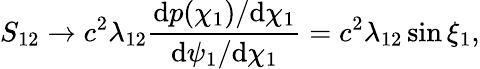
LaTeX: S_{12}\rightarrow c^{2}\lambda_{12}\frac{\mathrm dp(\chi_{1})/\mathrm d\chi_{1}}{\mathrm d\psi_{1}/\mathrm d\chi_{1}}=c^{2}\lambda_{12}\sin\xi_{1},